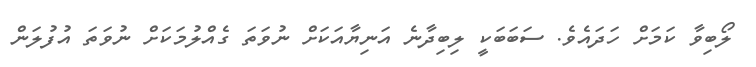
ލޯބިވާ ކަމަށް ހަދައެވެ. ސަބަބަކީ ލިބިދާނެ އަނިޔާއަކަށް ނުވަތަ ގެއްލުމަކަށް ނުވަތަ އުފުލަން